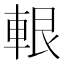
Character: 𨋨